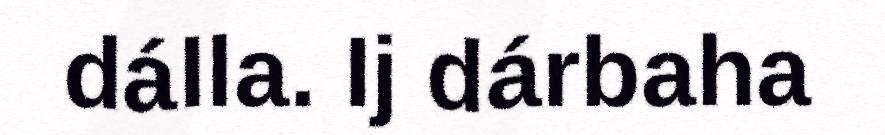
dálla. Ij dárbaha